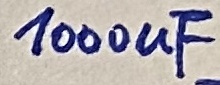
Text: 1000uF